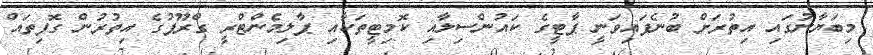
މިބަޔާނުގައި އިތުރަށް ބުނެފައިވަނީ ޕާޓީގެ ކައުންސިލާއި ކޮމިޓީތަކާއި ޕާލިމެންޓްރީ ގްރޫޕުގެ އިތުރުން ގޮފިތައް